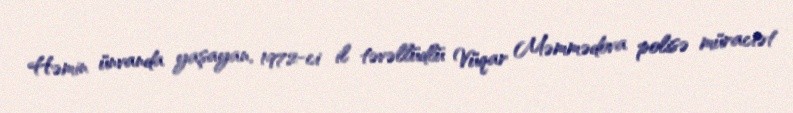
Həmin ünvanda yaşayan, 1972-ci il təvəllüdlü Vüqar Məmmədova polisə müraciət